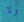
ولا